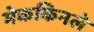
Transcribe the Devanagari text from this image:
मेककिनले